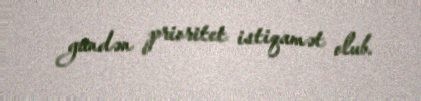
gündən prioritet istiqamət olub.